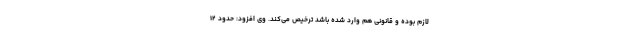
لازم بوده و قانونی هم وارد شده باشد ترخیص می‌کند. وی افزود: حدود ۱۲